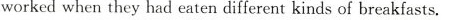
worked when they had eaten different kinds of breakfasts.